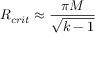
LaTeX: R _ { c r i t } \approx { \frac { \pi M } { \sqrt { k - 1 } } }